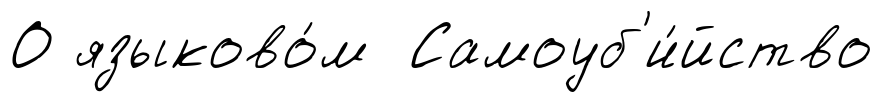
О языково́м Самоуб'и́йство